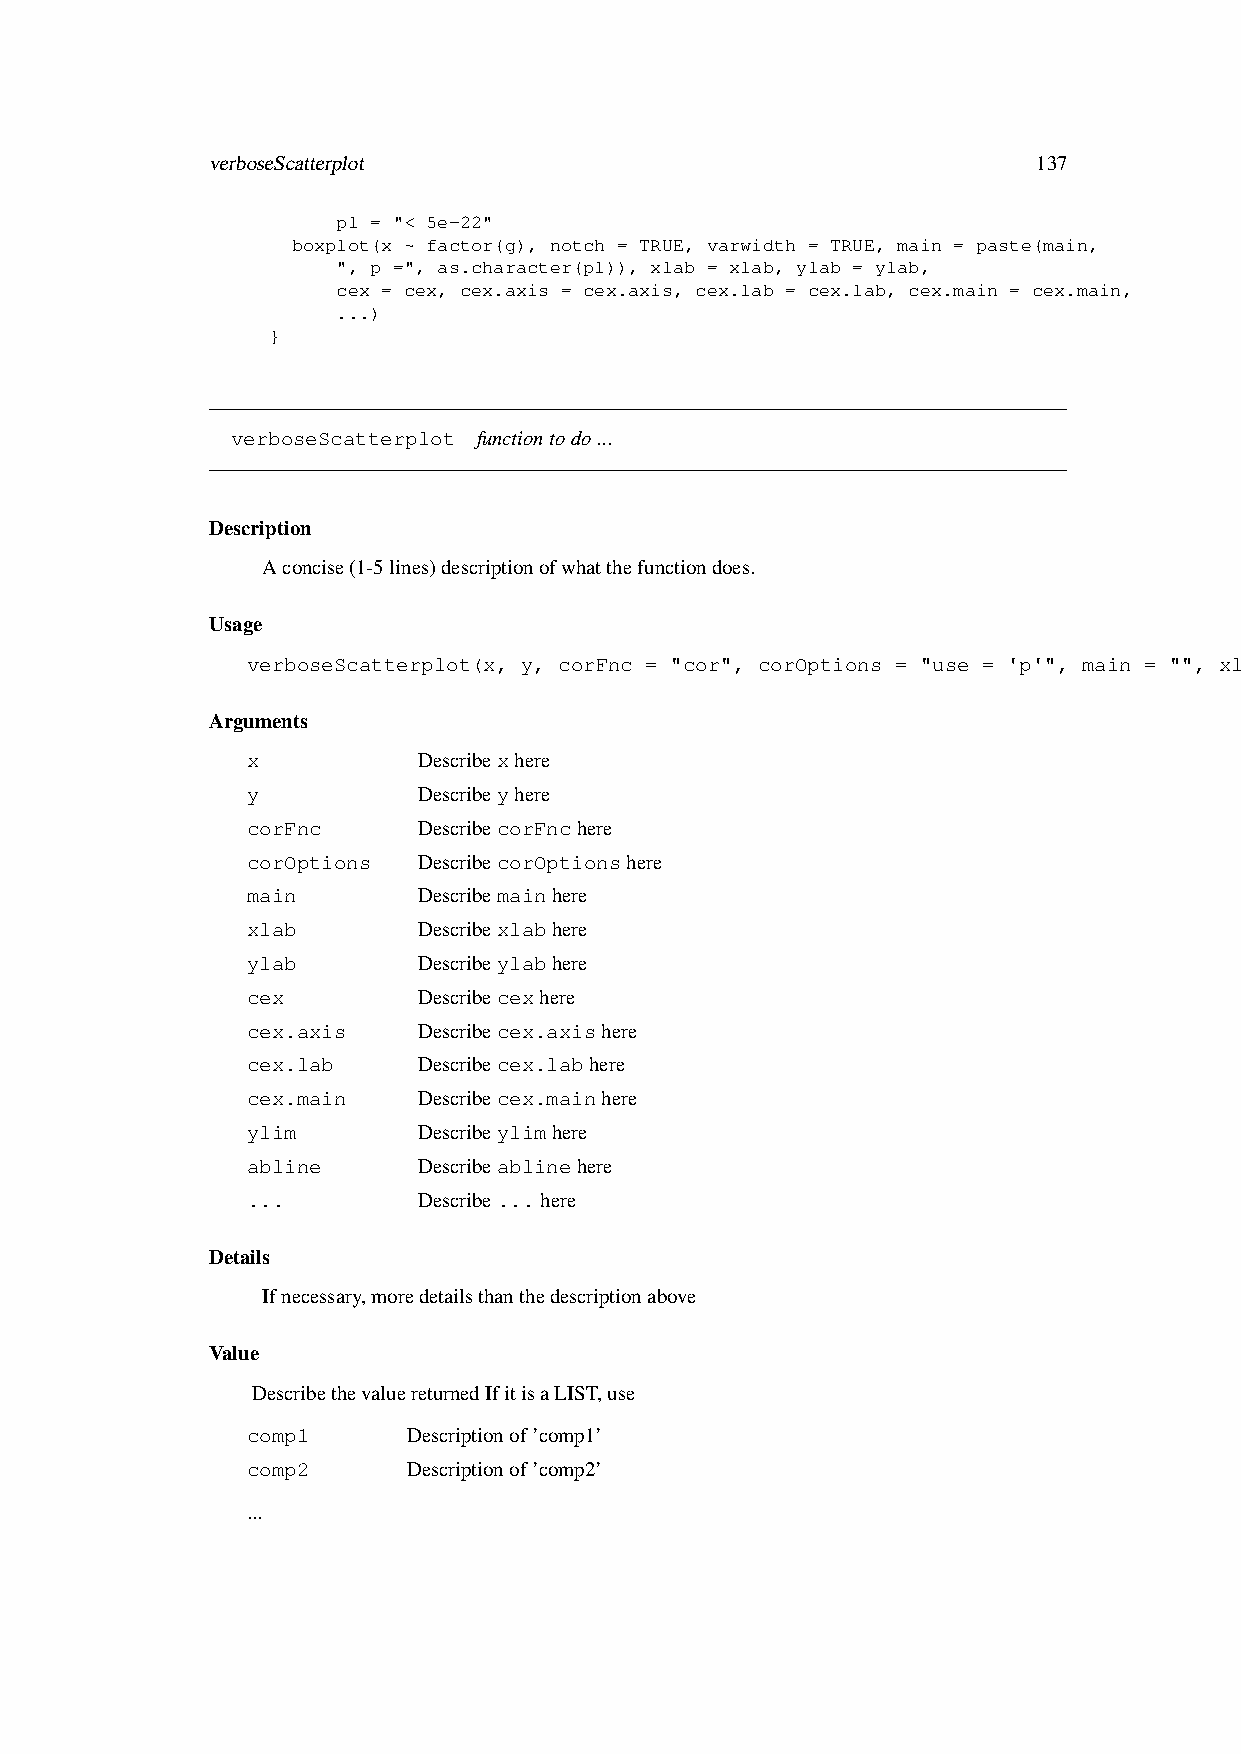
verboseScatterplot                                     137
 p1 = "< 5e-22"
 boxplot(x ~ factor(g), notch = TRUE, varwidth = TRUE, main = paste(main,
 ", p =", as.character(p1)), xlab = xlab, ylab = ylab,
 cex = cex, cex.axis = cex.axis, cex.lab = cex.lab, cex.main = cex.main,
 ...)
 }
 verboseScatterplot functiontodo...
 Description
 Aconcise(1-5lines)descriptionofwhatthefunctiondoes.
 Usage
 verboseScatterplot(x, y, corFnc = "cor", corOptions = "use = 'p'", main = "", xlab = NA, ylab = NA, cex = 1, cex.axis = 1.5, cex.lab = 1.5, cex.main = 1.5, ylim = -1, abline = FALSE, ...)
 Arguments
 x           Describexhere
 y           Describeyhere
 corFnc      DescribecorFnchere
 corOptions  DescribecorOptionshere
 main        Describemainhere
 xlab        Describexlabhere
 ylab        Describeylabhere
 cex         Describecexhere
 cex.axis    Describecex.axishere
 cex.lab     Describecex.labhere
 cex.main    Describecex.mainhere
 ylim        Describeylimhere
 abline      Describeablinehere
 ...         Describe... here
 Details
 Ifnecessary,moredetailsthanthedescriptionabove
 Value
 DescribethevaluereturnedIfitisaLIST,use
 comp1      Descriptionof’comp1’
 comp2      Descriptionof’comp2’
 ...